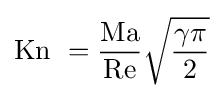
\mathrm {Kn} \ ={\frac {\mathrm {Ma} }{\mathrm {Re} }}{\sqrt {\frac {\gamma \pi }{2}}}